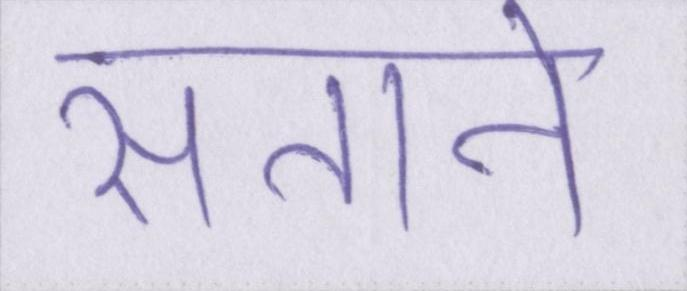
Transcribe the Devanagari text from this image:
सताने